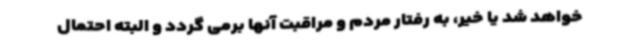
خواهد شد یا خیر، به رفتار مردم و مراقبت آنها برمی گردد و البته احتمال